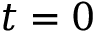
t = 0